Problem: 4 + 44 = ?
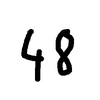
Handwritten answer: 48